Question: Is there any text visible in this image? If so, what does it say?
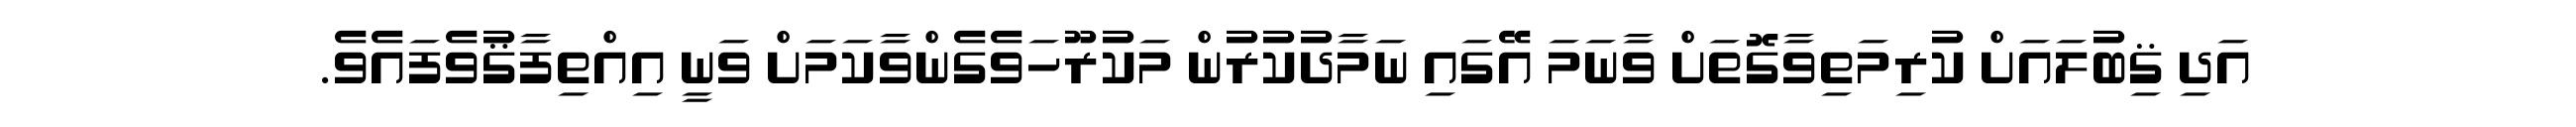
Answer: އަދި ޤިބުލައަށް ކުރިމަތިވާގޮތަށް ވާނަމަ އޭގައި ނަމާދުކުރުން މަކުރޫހަވެގެންވާކަމަށް ވަނީ އިއްތިފާޤުވެފައެވެ.